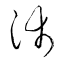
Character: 沛